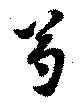
芍